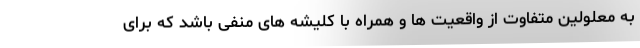
به معلولین متفاوت از واقعیت ها و همراه با کلیشه های منفی باشد که برای